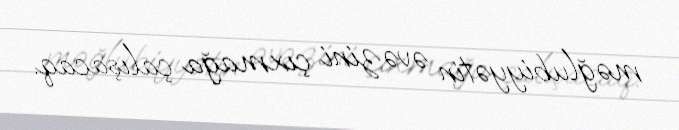
məğlubiyyətin əvəzini çıxmağa çalışacaq.